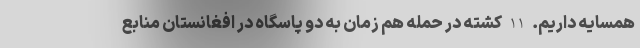
همسایه داریم. 11 کشته در حمله هم زمان به دو پاسگاه در افغانستان منابع